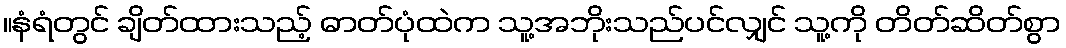
။နံရံတွင် ချိတ်ထားသည့် ဓာတ်ပုံထဲက သူ့အဘိုးသည်ပင်လျှင် သူ့ကို တိတ်ဆိတ်စွာ